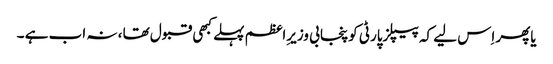
یاپھر اِس لیے کہ پیپلزپارٹی کوپنجابی وزیرِاعظم پہلے کبھی قبول تھا ، نہ اب ہے ۔